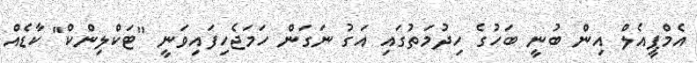
އެމްޕީއެލް އިން ބުނީ ބަހުގެ ހިދުމަތުގައި އަގު ނަގަން ހަމަޖެހިފައިވަނީ "ޓަކްލިންކް" ކާޑެއް